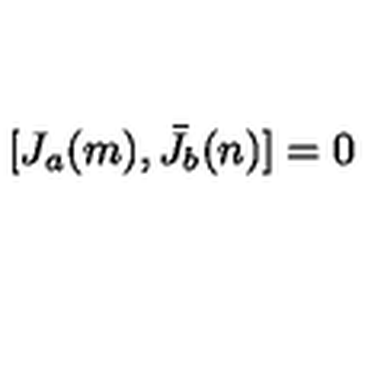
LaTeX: [ J _ { a } ( m ) , \bar { J } _ { b } ( n ) ] = 0